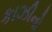
કાઝીનો